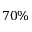
7 0 \%